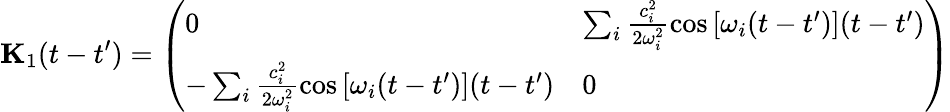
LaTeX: \mathbf{{K}}_{1}(t-t^{\prime})=\left(\begin{array}{ll}{0}&{\sum_{i}\frac{c_{i}^{2}}{2\omega_{i}^{2}}\cos\left[\omega_{i}(t-t^{\prime})\right](t-t^{\prime})}\\ {-\sum_{i}\frac{c_{i}^{2}}{2\omega_{i}^{2}}\cos\left[\omega_{i}(t-t^{\prime})\right](t-t^{\prime})}&{0}\end{array}\right)